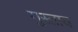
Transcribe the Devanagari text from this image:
गुस्‍ताव